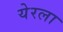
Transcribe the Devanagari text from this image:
येरला